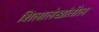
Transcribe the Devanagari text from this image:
शिलालेखांतील